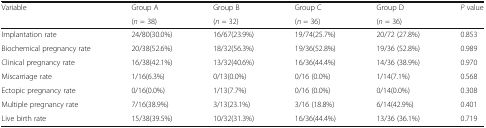
<table><thead><tr><td rowspan="2"><b>Variable</b></td><td><b>Group A</b></td><td><b>Group B</b></td><td><b>Group C</b></td><td><b>Group D</b></td><td rowspan="2"><b><i>P</i> value</b></td></tr><tr><td><b>(<i>n</i> = 38)</b></td><td><b>(<i>n</i> = 32)</b></td><td><b>(<i>n </i>= 36)</b></td><td><b>(<i>n</i> = 36)</b></td></tr></thead><tbody><tr><td>Implantation rate</td><td>24/80(30.0%)</td><td>16/67(23.9%)</td><td>19/74(25.7%)</td><td>20/72 (27.8%)</td><td>0.853</td></tr><tr><td>Biochemical pregnancy rate</td><td>20/38(52.6%)</td><td>18/32(56.3%)</td><td>19/36(52.8%)</td><td>19/36 (52.8%)</td><td>0.989</td></tr><tr><td>Clinical pregnancy rate</td><td>16/38(42.1%)</td><td>13/32(40.6%)</td><td>16/36(44.4%)</td><td>14/36 (38.9%)</td><td>0.970</td></tr><tr><td>Miscarriage rate</td><td>1/16(6.3%)</td><td>0/13(0.0%)</td><td>0/16 (0.0%)</td><td>1/14(7.1%)</td><td>0.568</td></tr><tr><td>Ectopic pregnancy rate</td><td>0/16(0.0%)</td><td>1/13(7.7%)</td><td>0/16 (0.0%)</td><td>0/14(0.0%)</td><td>0.308</td></tr><tr><td>Multiple pregnancy rate</td><td>7/16(38.9%)</td><td>3/13(23.1%)</td><td>3/16 (18.8%)</td><td>6/14(42.9%)</td><td>0.401</td></tr><tr><td>Live birth rate</td><td>15/38(39.5%)</td><td>10/32(31.3%)</td><td>16/36(44.4%)</td><td>13/36 (36.1%)</td><td>0.719</td></tr></tbody></table>